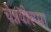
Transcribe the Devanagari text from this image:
चेन्नवीरप्पा